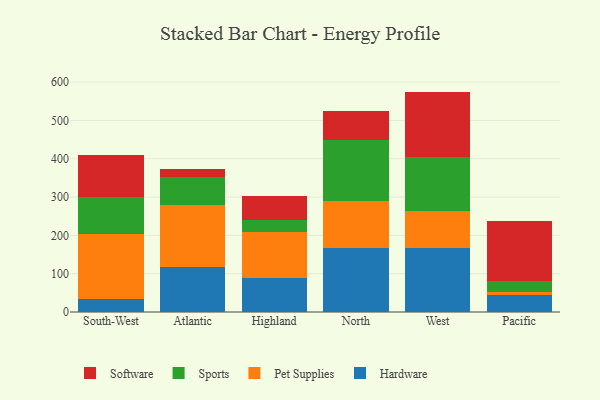
{"axis": {"x": "Region", "y": "Backlog"}, "legend": ["Hardware", "Pet Supplies", "Software", "Sports"], "data": [{"x": "South-West", "y": 33.9, "type": "Hardware"}, {"x": "South-West", "y": 169.5, "type": "Pet Supplies"}, {"x": "South-West", "y": 97.2, "type": "Sports"}, {"x": "South-West", "y": 108.2, "type": "Software"}, {"x": "Atlantic", "y": 118.2, "type": "Hardware"}, {"x": "Atlantic", "y": 162.0, "type": "Pet Supplies"}, {"x": "Atlantic", "y": 71.8, "type": "Sports"}, {"x": "Atlantic", "y": 22.6, "type": "Software"}, {"x": "Highland", "y": 87.5, "type": "Hardware"}, {"x": "Highland", "y": 121.7, "type": "Pet Supplies"}, {"x": "Highland", "y": 30.3, "type": "Sports"}, {"x": "Highland", "y": 63.1, "type": "Software"}, {"x": "North", "y": 165.8, "type": "Hardware"}, {"x": "North", "y": 124.2, "type": "Pet Supplies"}, {"x": "North", "y": 158.0, "type": "Sports"}, {"x": "North", "y": 77.0, "type": "Software"}, {"x": "West", "y": 168.1, "type": "Hardware"}, {"x": "West", "y": 95.8, "type": "Pet Supplies"}, {"x": "West", "y": 140.1, "type": "Sports"}, {"x": "West", "y": 171.4, "type": "Software"}, {"x": "Pacific", "y": 43.9, "type": "Hardware"}, {"x": "Pacific", "y": 8.5, "type": "Pet Supplies"}, {"x": "Pacific", "y": 29.5, "type": "Sports"}, {"x": "Pacific", "y": 156.1, "type": "Software"}]}